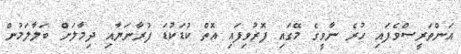
އަންތަރީސްވެފައި ހުރެ ނާވީގެ މޭގައި ފޮރުވިފައި އޮތް ކުޑަކުޑަ ފުރާނަޔާއި ދިމާލަށް ބަލާލަމުން